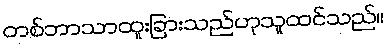
တစ်ဘာသာထူးခြားသည်ဟုသူထင်သည်။